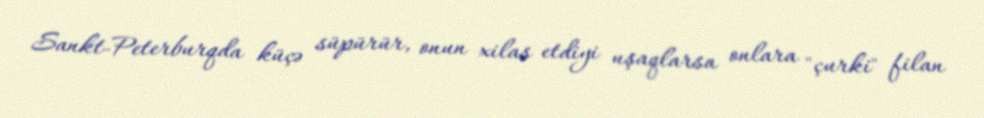
Sankt-Peterburqda küçə süpürür, onun xilas etdiyi uşaqlarsa onlara "çurki" filan